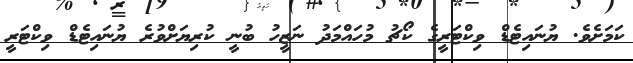
ކަމަށެވެ. ޔުނައިޓެޑް ވިކްޓަރީގެ ކޯޗު މުހައްމަދު ނަޒީހު ބުނީ ކުރިޔަށްވުރެ ޔުނައިޓެޑް ވިކްޓަރީ